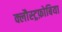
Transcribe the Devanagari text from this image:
क्लौस्ट्रफ़ोबिया